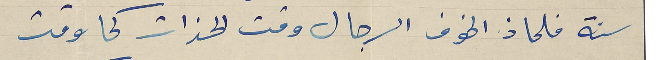
سنة فلماذ الخوف الرجال وقت الحذات كما وقت